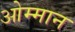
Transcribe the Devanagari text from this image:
ओम्मान